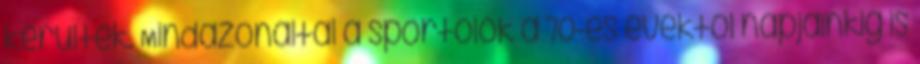
kerültek. Mindazonáltal a sportolók a 70-es évektől napjainkig is